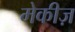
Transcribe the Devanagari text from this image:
मेकीज़